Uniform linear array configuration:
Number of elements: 24
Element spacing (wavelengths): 1
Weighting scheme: hann
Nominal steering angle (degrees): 0
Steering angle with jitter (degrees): -0.2175
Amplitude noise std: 0.05
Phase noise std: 0.05

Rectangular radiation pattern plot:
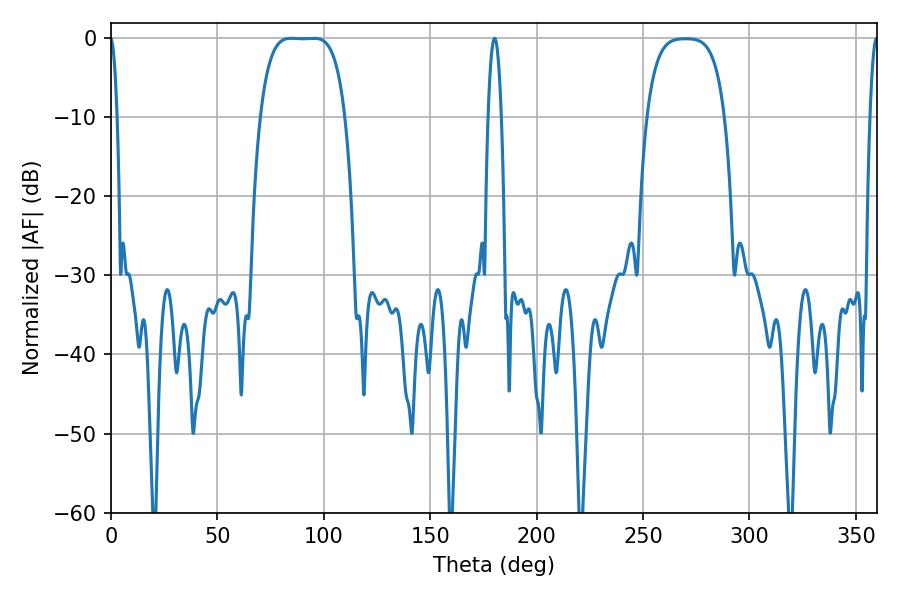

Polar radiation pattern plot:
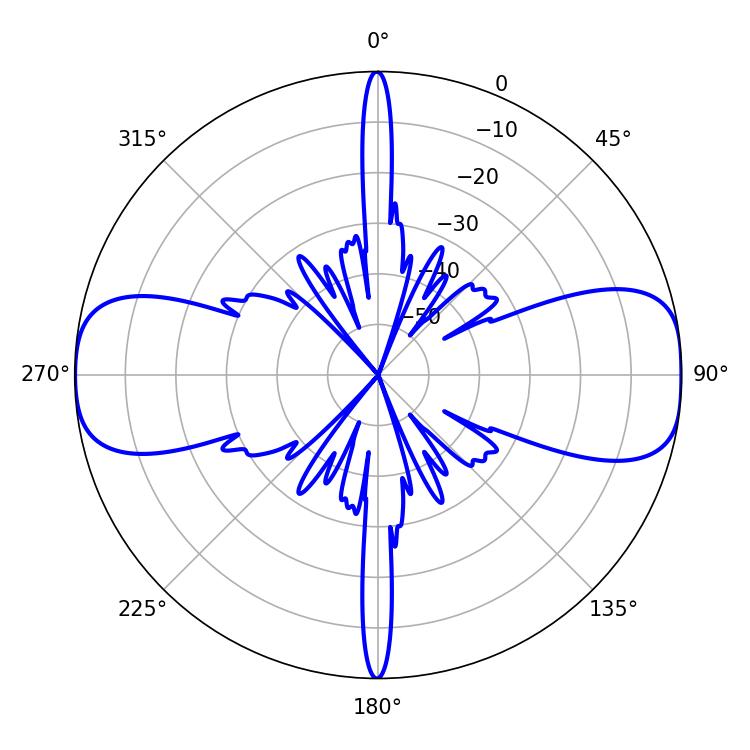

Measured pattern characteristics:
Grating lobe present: TRUE
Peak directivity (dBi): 14.171
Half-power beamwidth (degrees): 30.6
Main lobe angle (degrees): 84.6